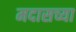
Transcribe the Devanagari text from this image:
मदासच्या